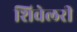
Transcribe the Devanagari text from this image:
शिवेलरी